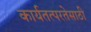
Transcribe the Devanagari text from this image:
कार्यतत्परतेसाठी